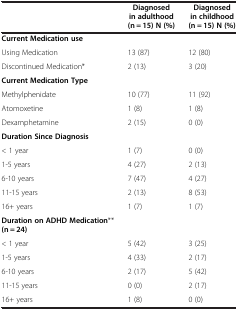
|  | Diagnosed in adulthood (n = 15) N (%) | Diagnosed in childhood (n = 15) N (%) |
 | --- | --- | --- |
 | Current Medication use |  |  |
 | Using Medication | 13 (87) | 12 (80) |
 | Discontinued Medication* | 2 (13) | 3 (20) |
 | Current Medication Type |  |  |
 | Methylphenidate | 10 (77) | 11 (92) |
 | Atomoxetine | 1 (8) | 1 (8) |
 | Dexamphetamine | 2 (15) | 0 (0) |
 | Duration Since Diagnosis |  |  |
 | < 1 year | 1 (7) | 0 (0) |
 | 1-5 years | 4 (27) | 2 (13) |
 | 6-10 years | 7 (47) | 4 (27) |
 | 11-15 years | 2 (13) | 8 (53) |
 | 16+ years | 1 (7) | 1 (7) |
 | Duration on ADHD Medication** (n = 24) |  |  |
 | < 1 year | 5 (42) | 3 (25) |
 | 1-5 years | 4 (33) | 2 (17) |
 | 6-10 years | 2 (17) | 5 (42) |
 | 11-15 years | 0 (0) | 2 (17) |
 | 16+ years | 1 (8) | 0 (0) |